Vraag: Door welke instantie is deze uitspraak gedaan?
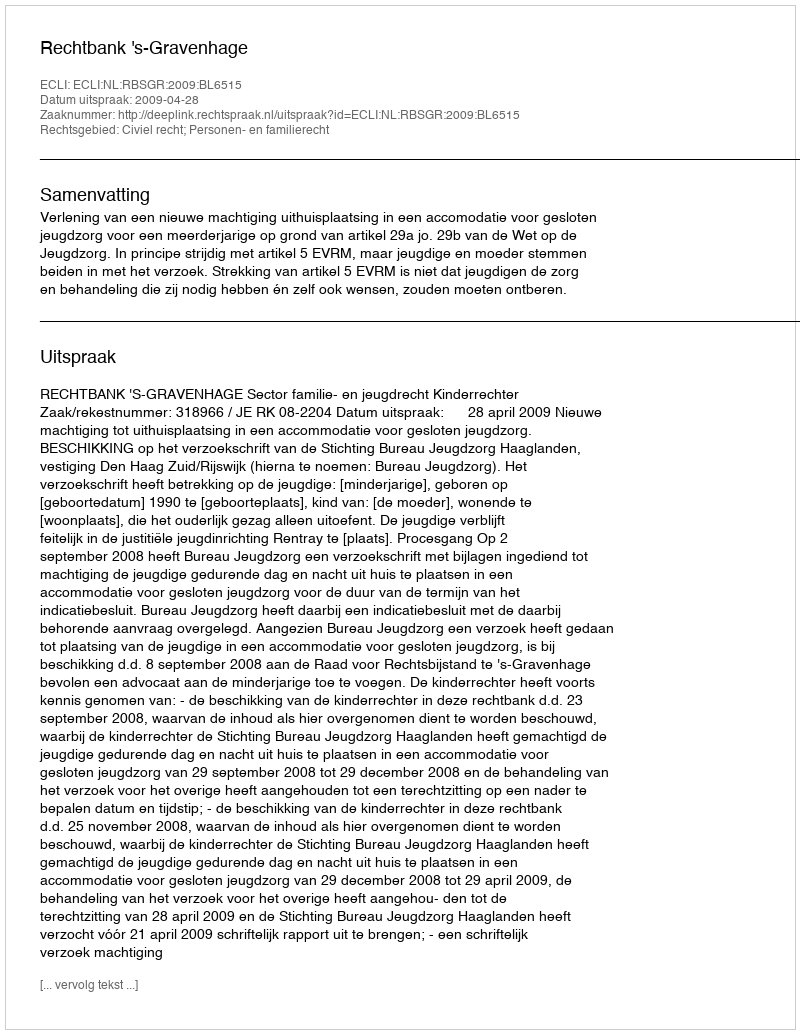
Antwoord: Rechtbank 's-Gravenhage